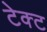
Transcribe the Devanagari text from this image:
टेक्ट